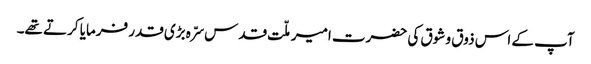
آپ کے اس ذوق و شوق کی حضرت امیر ملّت قدس سرّہ بڑی قدر فرمایا کرتے تھے۔